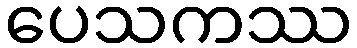
ပေသကဿ